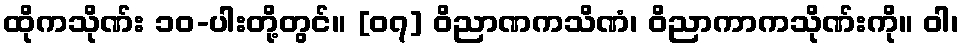
ထိုကသိုဏ်း ၁၀-ပါးတို့တွင်။ [၀၇] ဝိညာဏကသိဏံ၊ ဝိညာကာကသိုဏ်းကို။ ဝါ၊